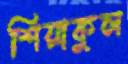
শিয়াকুল